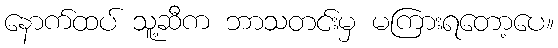
နောက်ထပ် သူ့ဆီက ဘာသတင်းမှ မကြားရတော့ပေ။